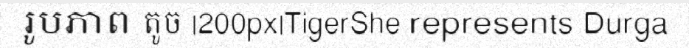
រូបភាព តូច |200px|TigerShe represents Durga